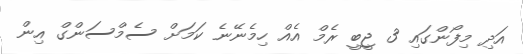
އަދި މިފޯންގައި 3 ޖީބީ ރެމް އެއް ހިމެނޭނެ ކަމަށް ސެމްސަންގް އިން